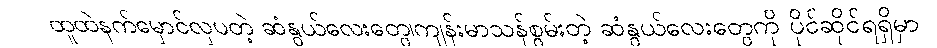
ထူထဲနက်မှောင်လှပတဲ့ ဆံနွယ်လေးတွေ၊ကျန်းမာသန်စွမ်းတဲ့ ဆံနွယ်လေးတွေကို ပိုင်ဆိုင်ရရှိမှာ